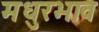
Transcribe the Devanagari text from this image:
मधुरभाव